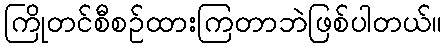
ကြိုတင်စီစဉ်ထားကြတာဘဲဖြစ်ပါတယ်။